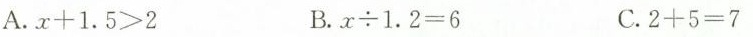
A.$$x + 1 . 5 > 2$$ B.$$x \div 1 . 2 = 6$$ C.2 + 5 = 7$$